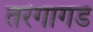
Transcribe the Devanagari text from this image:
तरंगागड